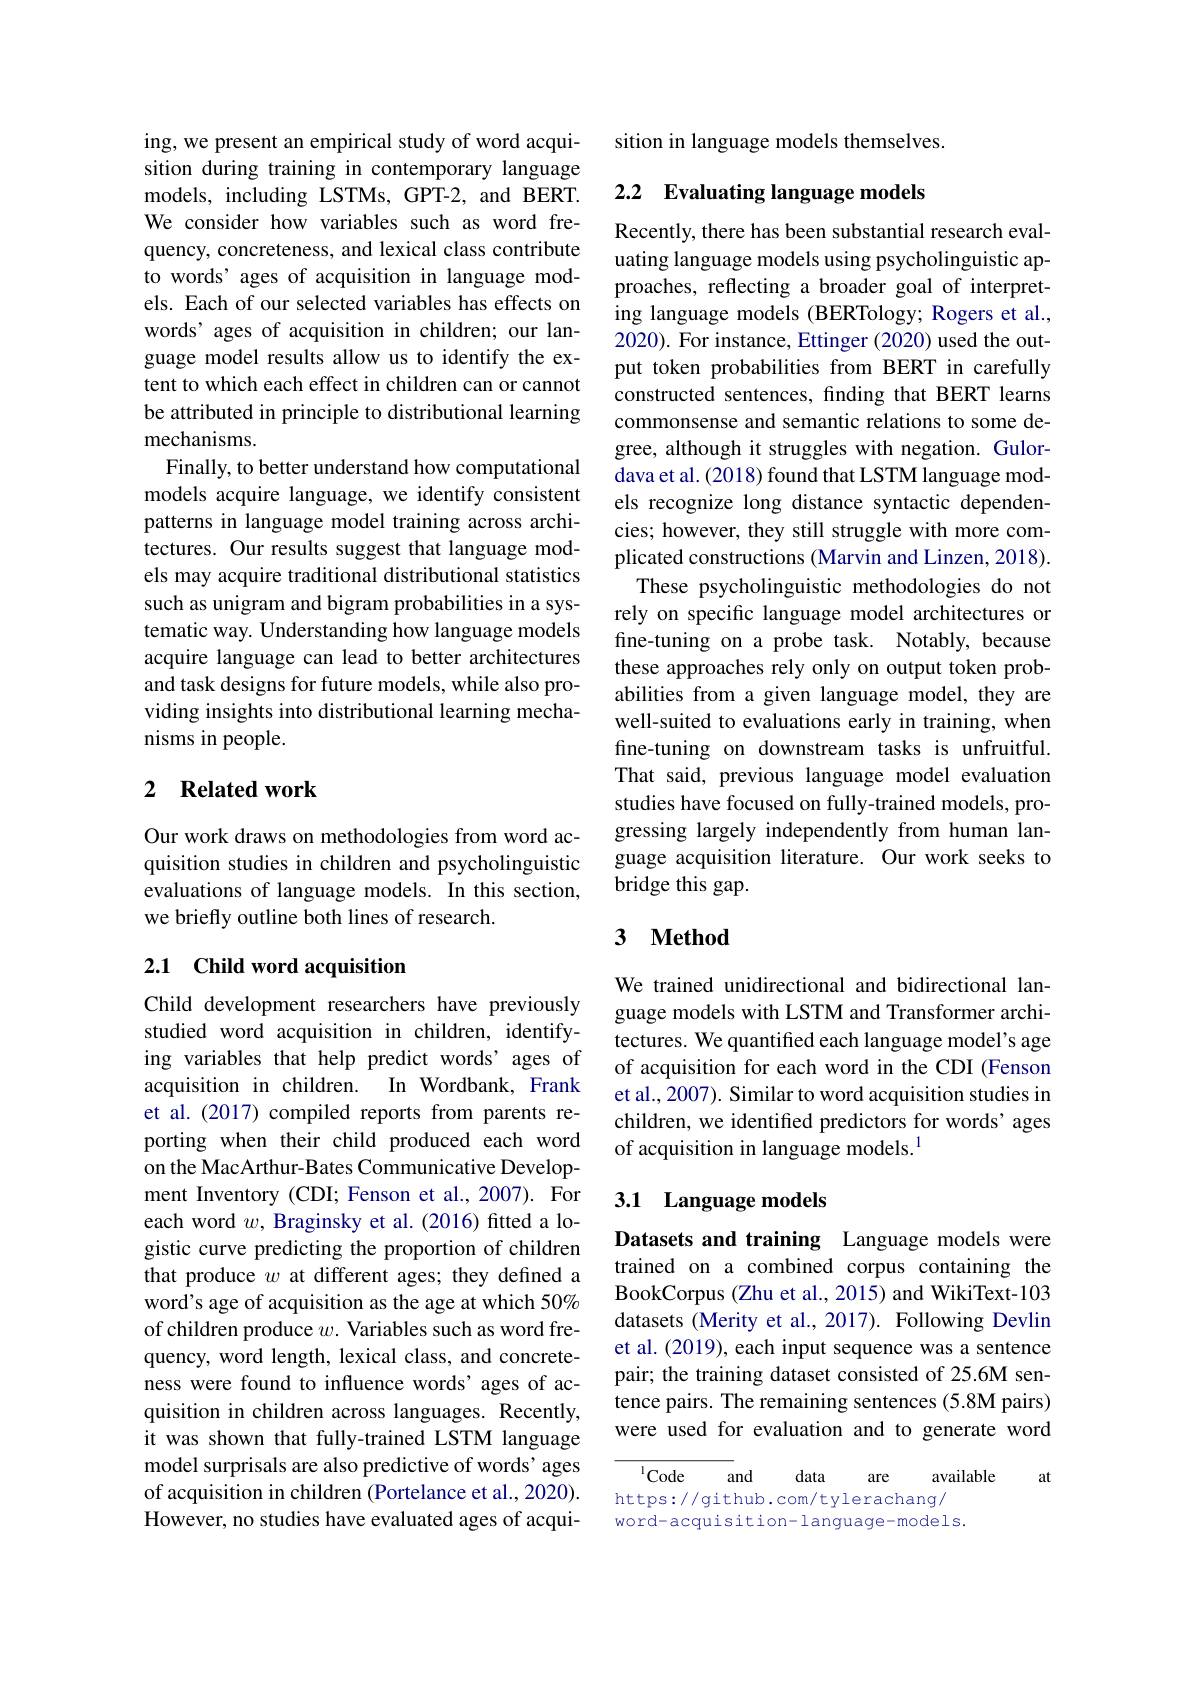
ing, we present an empirical study of word acquisition during training in contemporary language models, including LSTMs, GPT-2, and BERT. We consider how variables such as word frequency, concreteness, and lexical class contribute to words' ages of acquisition in language models. Each of our selected variables has effects on words’ ages of acquisition in children; our language model results allow us to identify the extent to which each effect in children can or cannot be attributed in principle to distributional learning mechanisms.
Finally, to better understand how computational models acquire language, we identify consistent patterns in language model training across architectures. Our results suggest that language models may acquire traditional distributional statistics such as unigram and bigram probabilities in a systematic way. Understanding how language models acquire language can lead to better architectures and task designs for future models, while also providing insights into distributional learning mechanisms in people.

## 2 Related work

Our work draws on methodologies from word acquisition studies in children and psycholinguistic evaluations of language models. In this section, we briefly outline both lines of research.

## 2.1 Child word acquisition

Child development researchers have previously studied word acquisition in children, identifying variables that help predict words' ages of acquisition in children. In Wordbank, Frank et al.(2017) compiled reports from parents reporting when their child produced each word on the MacArthur-Bates Communicative Development Inventory (CDI; Fenson et al.,2007). For each word $w$, Braginsky et al.(2016) fitted a logistic curve predicting the proportion of children that produce $w$ at different ages; they defined a word's age of acquisition as the age at which 50% of children produce $w.$ Variables such as word frequency, word length, lexical class, and concreteness were found to influence words' ages of acquisition in children across languages. Recently, it was shown that fully-trained LSTM language model surprisals are also predictive of words' ages of acquisition in children (Portelance et al., 2020). However, no studies have evaluated ages of acqui-

sition in language models themselves.

# 2.2 Evaluating language models

Recently, there has been substantial research evaluating language models using psycholinguistic approaches, reflecting a broader goal of interpreting language models (BERTology; Rogers et al., 2020). For instance, Ettinger (2020) used the output token probabilities from BERT in carefully constructed sentences, finding that BERT learns commonsense and semantic relations to some degree, although it struggles with negation. Gulordava et al. (2018) found that LSTM language models recognize long distance syntactic dependencies; however, they still struggle with more complicated constructions (Marvin and Linzen, 2018).
These psycholinguistic methodologies do not rely on specific language model architectures or fine-tuning on a probe task. Notably, because these approaches rely only on output token probabilities from a given language model, they are well-suited to evaluations early in training, when fine-tuning on downstream tasks is unfruitful. That said, previous language model evaluation studies have focused on fully-trained models, progressing largely independently from human language acquisition literature. Our work seeks to bridge this gap.

## 3 $\textbf{Method}$

We trained unidirectional and bidirectional language models with LSTM and Transformer architectures. We quantified each language model's age of acquisition for each word in the CDI (Fenson et al., 2007). Similar to word acquisition studies in children, we identifed predictors for words' ages of acquisition in language models.$^{1}$

## 3.1 Language models

Datasets and training Language models were trained on a combined corpus containing the BookCorpus (Zhu et al., 2015) and WikiText-103 datasets (Merity et al., 2017). Following Devlin et al. (2019), each input sequence was a sentence pair; the training dataset consisted of 25.6M sentence pairs. The remaining sentences (5.8M pairs) were used for evaluation and to generate word

at

$^{1}Code$
and
data
available
are
https://github.com/tylerachang/ word-acquisition-language-models.